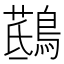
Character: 𪃖